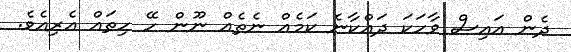
ދެން އައިސް ވާހަކަ ދައްކާނެ ކަމެއް ނެތެއް ނޫން ހޭ ހިތައް އެރިއެވެ.